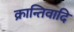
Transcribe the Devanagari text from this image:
क्रान्तिवादि